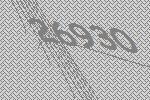
26930